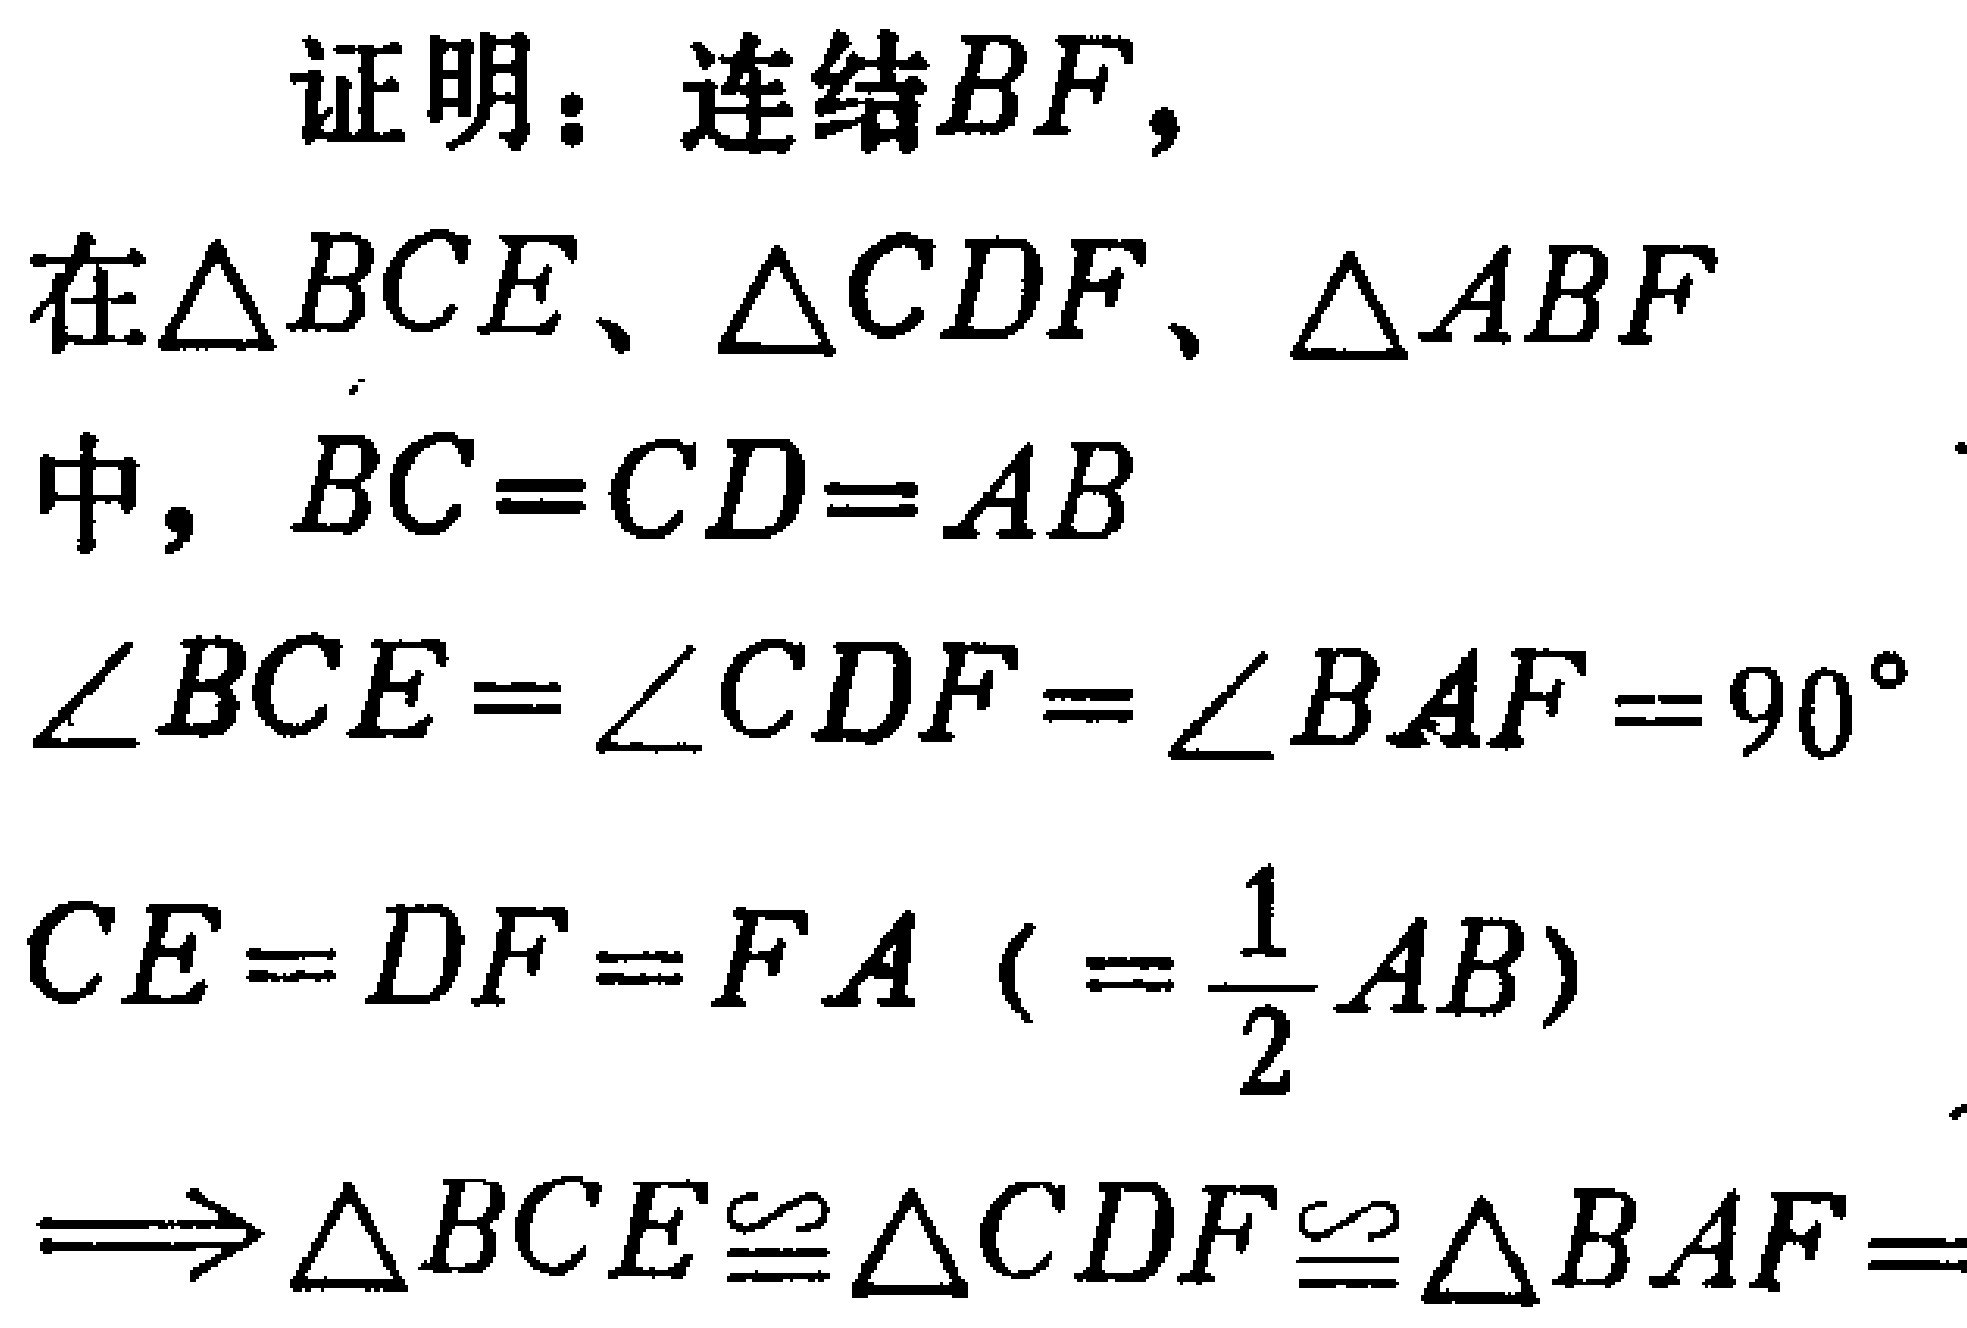
证明：连结\(BF\)，

在\(\triangle BCE\)、\(\triangle CDF\)、\(\triangle ABF\)

中，\(BC = CD = AB\)

\(\angle BCE=\angle CDF=\angle BAF = 90^{\circ}\)

\(CE = DF = FA\ (\ =\frac{1}{2}AB)\)

\(\Longrightarrow\triangle BCE\cong\triangle CDF\cong\triangle BAF\)